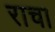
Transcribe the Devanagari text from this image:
राचा